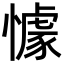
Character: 懅